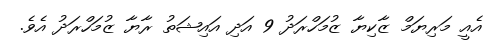
އެއީ މަރިޔަމް ޒާކިޔާ ޒުމަހްރަދު 9 އަދި އައިޝަތު ރާޔާ ޒުމަހްރަދު އެެވެެ.